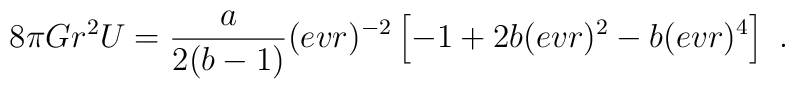
8\pi G r^2 U = {{{a}} \over 2({{b}}-1)} (evr)^{-2}      \left[ -1 + 2 {{b}} (evr)^2 - {{b}} (evr)^4 \right]\ .